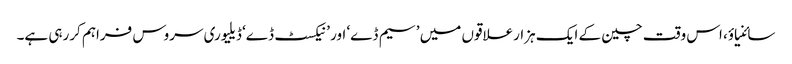
سائنیاؤ، اس وقت چین کے ایک ہزارعلاقوں میں ’سیم ڈے‘ اور ’نیکسٹ ڈے‘ ڈیلیوری سروس فراہم کررہی ہے۔